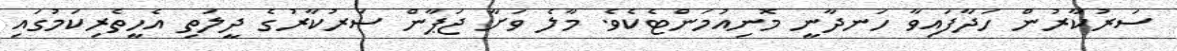
ސަރުކާރުން ހަދާފައިވާ ހަނދާނީ މޮނިއުމަންޓެކެވެ. މާލެ ވަށާ ޖަޕާން ސަރުކާރުގެ ދީލަތި އެހީތެރިކަމުގައި